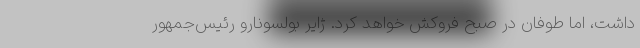
داشت، اما طوفان در صبح فروکش خواهد کرد. ژایر بولسونارو رئیس‌جمهور